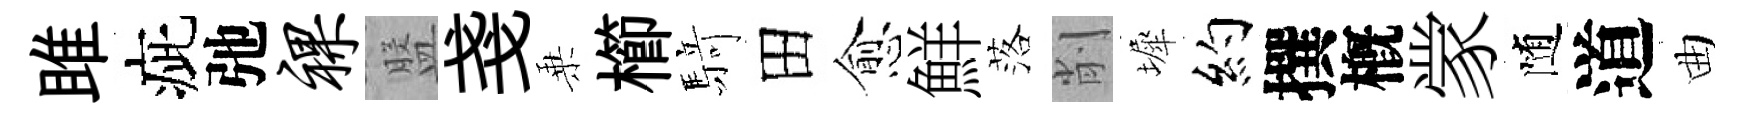
雎疵弛裸盤戔乗櫛𮪍田愈鮮落削墀約撰槪䝉随道曲